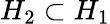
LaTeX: H_{2}\subset H_{1}